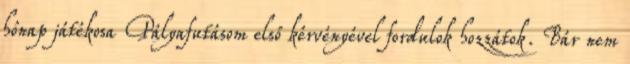
hónap játékosa Pályafutásom első kérvényével fordulok hozzátok. Bár nem